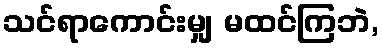
သင်ရာကောင်းမျှ မထင်ကြဘဲ,